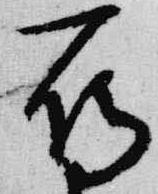
烏